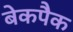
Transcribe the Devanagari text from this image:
बेकपैक